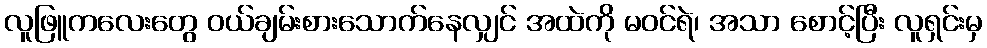
လူဖြူကလေးတွေ ဝယ်ချမ်းစားသောက်နေလျှင် အထဲကို မဝင်ရဲ၊ အသာ စောင့်ပြီး လူရှင်းမှ